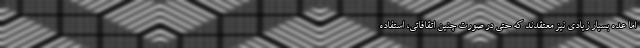
اما عده بسیار زیادی نیز معتقدند که حتی در صورت چنین اتقافاتی، استفاده